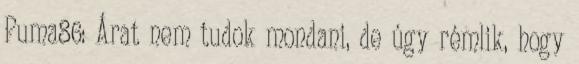
Puma86: Árat nem tudok mondani, de úgy rémlik, hogy